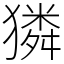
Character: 獜